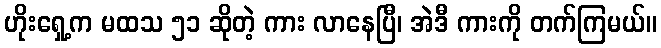
ဟိုးရှေ့က မထသ ၅၁ ဆိုတဲ့ ကား လာနေပြီ၊ အဲဒီ ကားကို တက်ကြမယ်။